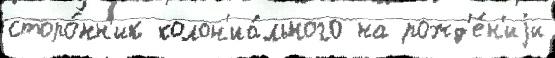
сторо́нн'ик колон'иа́льного на рожд'е́н'иjи